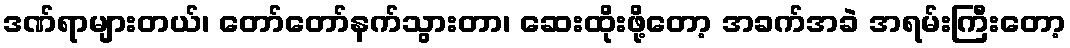
ဒဏ်ရာများတယ်၊ တော်တော်နက်သွားတာ၊ ဆေးထိုးဖို့တော့ အခက်အခဲ အရမ်းကြီးတော့